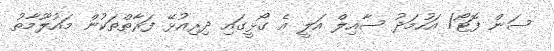
ސަން ފޮޓޯ/ އަހުމަދު ސާއިލް އަލީ އެ ގޯޅީގައި ދިރިއުޅޭ ފަރާތްތަކުން މައުލޫމާތު